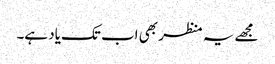
مجھے یہ منظر بھی اب تک یاد ہے۔